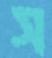
স